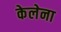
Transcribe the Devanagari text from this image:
केलेना